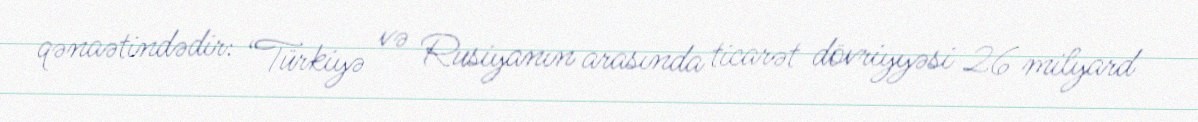
qənaətindədir: “Türkiyə və Rusiyanın arasında ticarət dövriyyəsi 26 milyard